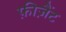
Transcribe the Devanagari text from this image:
फ़ीज़ैंट